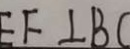
E F \bot B C